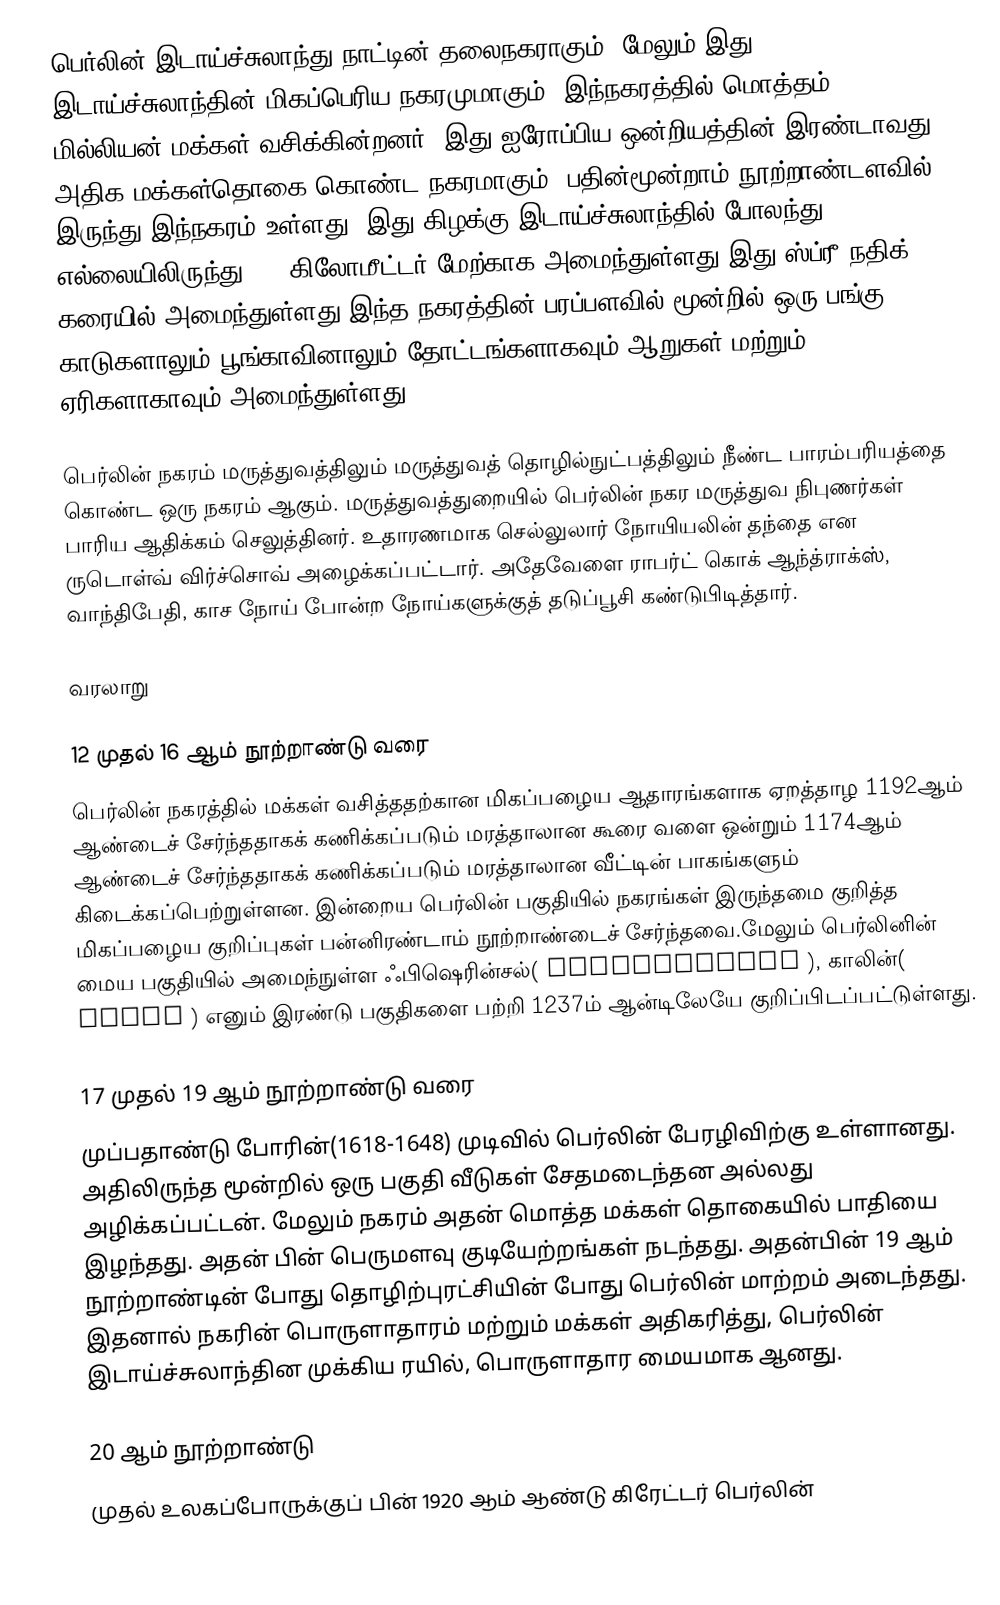
பெர்லின் இடாய்ச்சுலாந்து நாட்டின் தலைநகராகும். மேலும் இது இடாய்ச்சுலாந்தின் மிகப்பெரிய நகரமுமாகும். இந்நகரத்தில் மொத்தம் 3.4 மில்லியன் மக்கள் வசிக்கின்றனர். இது ஐரோப்பிய ஒன்றியத்தின் இரண்டாவது அதிக மக்கள்தொகை கொண்ட நகரமாகும். பதின்மூன்றாம் நூற்றாண்டளவில் இருந்து இந்நகரம் உள்ளது. இது கிழக்கு இடாய்ச்சுலாந்தில் போலந்து எல்லையிலிருந்து 110 கிலோமீட்டர் மேற்காக அமைந்துள்ளது.இது ஸ்ப்ரீ நதிக் கரையில் அமைந்துள்ளது.இந்த நகரத்தின் பரப்பளவில் மூன்றில் ஒரு பங்கு காடுகளாலும் பூங்காவினாலும் தோட்டங்களாகவும் ஆறுகள் மற்றும் ஏரிகளாகாவும் அமைந்துள்ளது.

பெர்லின் நகரம் மருத்துவத்திலும் மருத்துவத் தொழில்நுட்பத்திலும் நீண்ட பாரம்பரியத்தை கொண்ட ஒரு நகரம் ஆகும். மருத்துவத்துறையில் பெர்லின் நகர மருத்துவ நிபுணர்கள் பாரிய ஆதிக்கம் செலுத்தினர். உதாரணமாக செல்லுலார் நோயியலின் தந்தை என ருடொள்வ் விர்ச்சொவ் அழைக்கப்பட்டார். அதேவேளை ராபர்ட் கொக் ஆந்த்ராக்ஸ், வாந்திபேதி, காச நோய் போன்ற நோய்களுக்குத் தடுப்பூசி கண்டுபிடித்தார்.

வரலாறு

12 முதல் 16 ஆம் நூற்றாண்டு வரை
பெர்லின் நகரத்தில் மக்கள் வசித்ததற்கான மிகப்பழைய ஆதாரங்களாக ஏறத்தாழ 1192ஆம் ஆண்டைச் சேர்ந்ததாகக் கணிக்கப்படும் மரத்தாலான கூரை வளை ஒன்றும் 1174ஆம் ஆண்டைச் சேர்ந்ததாகக் கணிக்கப்படும் மரத்தாலான வீட்டின் பாகங்களும் கிடைக்கப்பெற்றுள்ளன. இன்றைய பெர்லின் பகுதியில் நகரங்கள் இருந்தமை குறித்த மிகப்பழைய குறிப்புகள் பன்னிரண்டாம் நூற்றாண்டைச் சேர்ந்தவை.மேலும் பெர்லினின் மைய பகுதியில் அமைந்நுள்ள ஃபிஷெரின்சல்( Fischerinsel ), காலின்( Cölln ) எனும் இரண்டு பகுதிகளை பற்றி 1237ம் ஆன்டிலேயே குறிப்பிடப்பட்டுள்ளது.

17 முதல் 19 ஆம் நூற்றாண்டு வரை
முப்பதாண்டு போரின்(1618-1648) முடிவில் பெர்லின் பேரழிவிற்கு உள்ளானது. அதிலிருந்த மூன்றில் ஒரு பகுதி வீடுகள் சேதமடைந்தன அல்லது அழிக்கப்பட்டன். மேலும் நகரம் அதன் மொத்த மக்கள் தொகையில் பாதியை இழந்தது. அதன் பின் பெருமளவு குடியேற்றங்கள் நடந்தது. அதன்பின் 19 ஆம் நூற்றாண்டின் போது  தொழிற்புரட்சியின் போது பெர்லின் மாற்றம் அடைந்தது. இதனால் நகரின் பொருளாதாரம் மற்றும் மக்கள் அதிகரித்து, பெர்லின் இடாய்ச்சுலாந்தின முக்கிய ரயில், பொருளாதார மையமாக ஆனது.

20 ஆம் நூற்றாண்டு
முதல் உலகப்போருக்குப் பின் 1920 ஆம் ஆண்டு கிரேட்டர் பெர்லின்